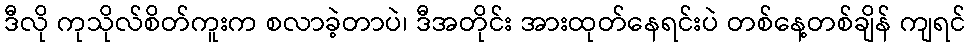
ဒီလို ကုသိုလ်စိတ်ကူးက စလာခဲ့တာပဲ၊ ဒီအတိုင်း အားထုတ်နေရင်းပဲ တစ်နေ့တစ်ချိန် ကျရင်